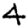
Digit: 4